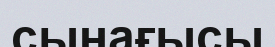
сынағысы